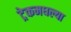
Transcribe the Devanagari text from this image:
ट्रेकमधल्या